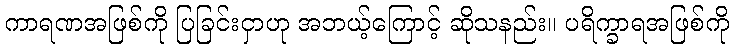
ကာရဏအဖြစ်ကို ပြခြင်းငှာဟု အဘယ့်ကြောင့် ဆိုသနည်း။ ပရိက္ခာရအဖြစ်ကို